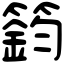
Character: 𥳾